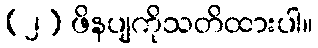
(၂) ဖိနပျကိုသတိထားပါ။